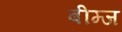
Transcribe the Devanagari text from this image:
बीम्ज